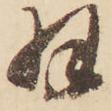
羽